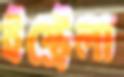
ইস্ট্রেলা